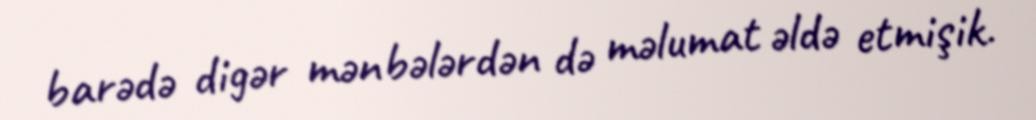
barədə digər mənbələrdən də məlumat əldə etmişik.